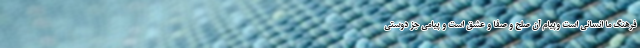
فرهنگ ما انسانی است وپیام آن صلح و صفا و عشق است و پیامی جز دوستی